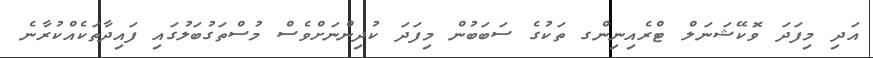
އަދި މިފަދަ ވޮކޭޝަނަލް ޓްރެއިނިންގ ތަކުގެ ސަބަބުން މިފަދަ ކުދިންނަށްވެސް މުސްތަގުބަލުގައި ފައިދާތަކެއްކުރާނެ